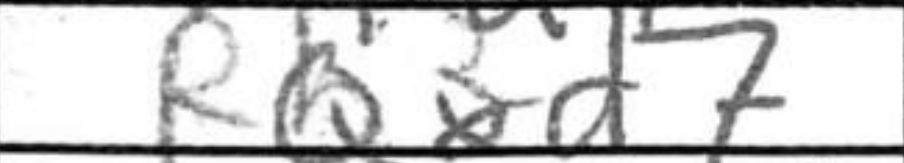
Transcription: Qxd7